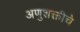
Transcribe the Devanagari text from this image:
अणुशक्तीचे